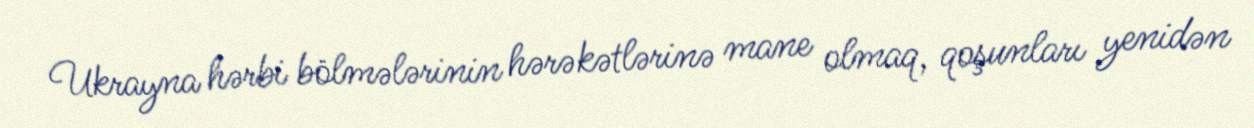
Ukrayna hərbi bölmələrinin hərəkətlərinə mane olmaq, qoşunları yenidən